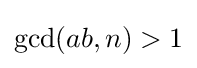
\gcd(ab,n)>1